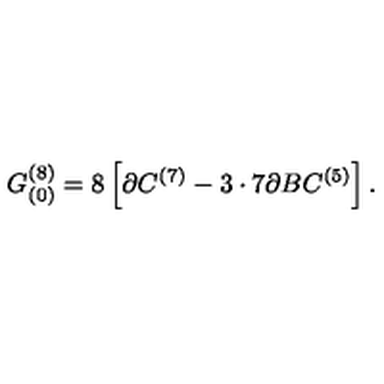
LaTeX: G _ { ( 0 ) } ^ { ( 8 ) } = 8 \left[ \partial C ^ { ( 7 ) } - 3 \cdot 7 \partial B C ^ { ( 5 ) } \right] .